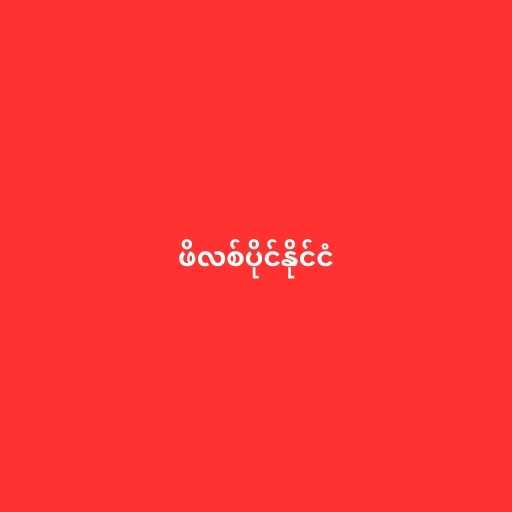
ဖိလစ်ပိုင်နိုင်ငံ